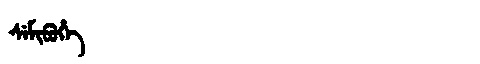
Manchu: ᠰᡝᠮᡳᠪᡠᡥᡝ
Romanization: SEMIBUHE